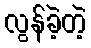
လွန်ခဲ့တဲ့